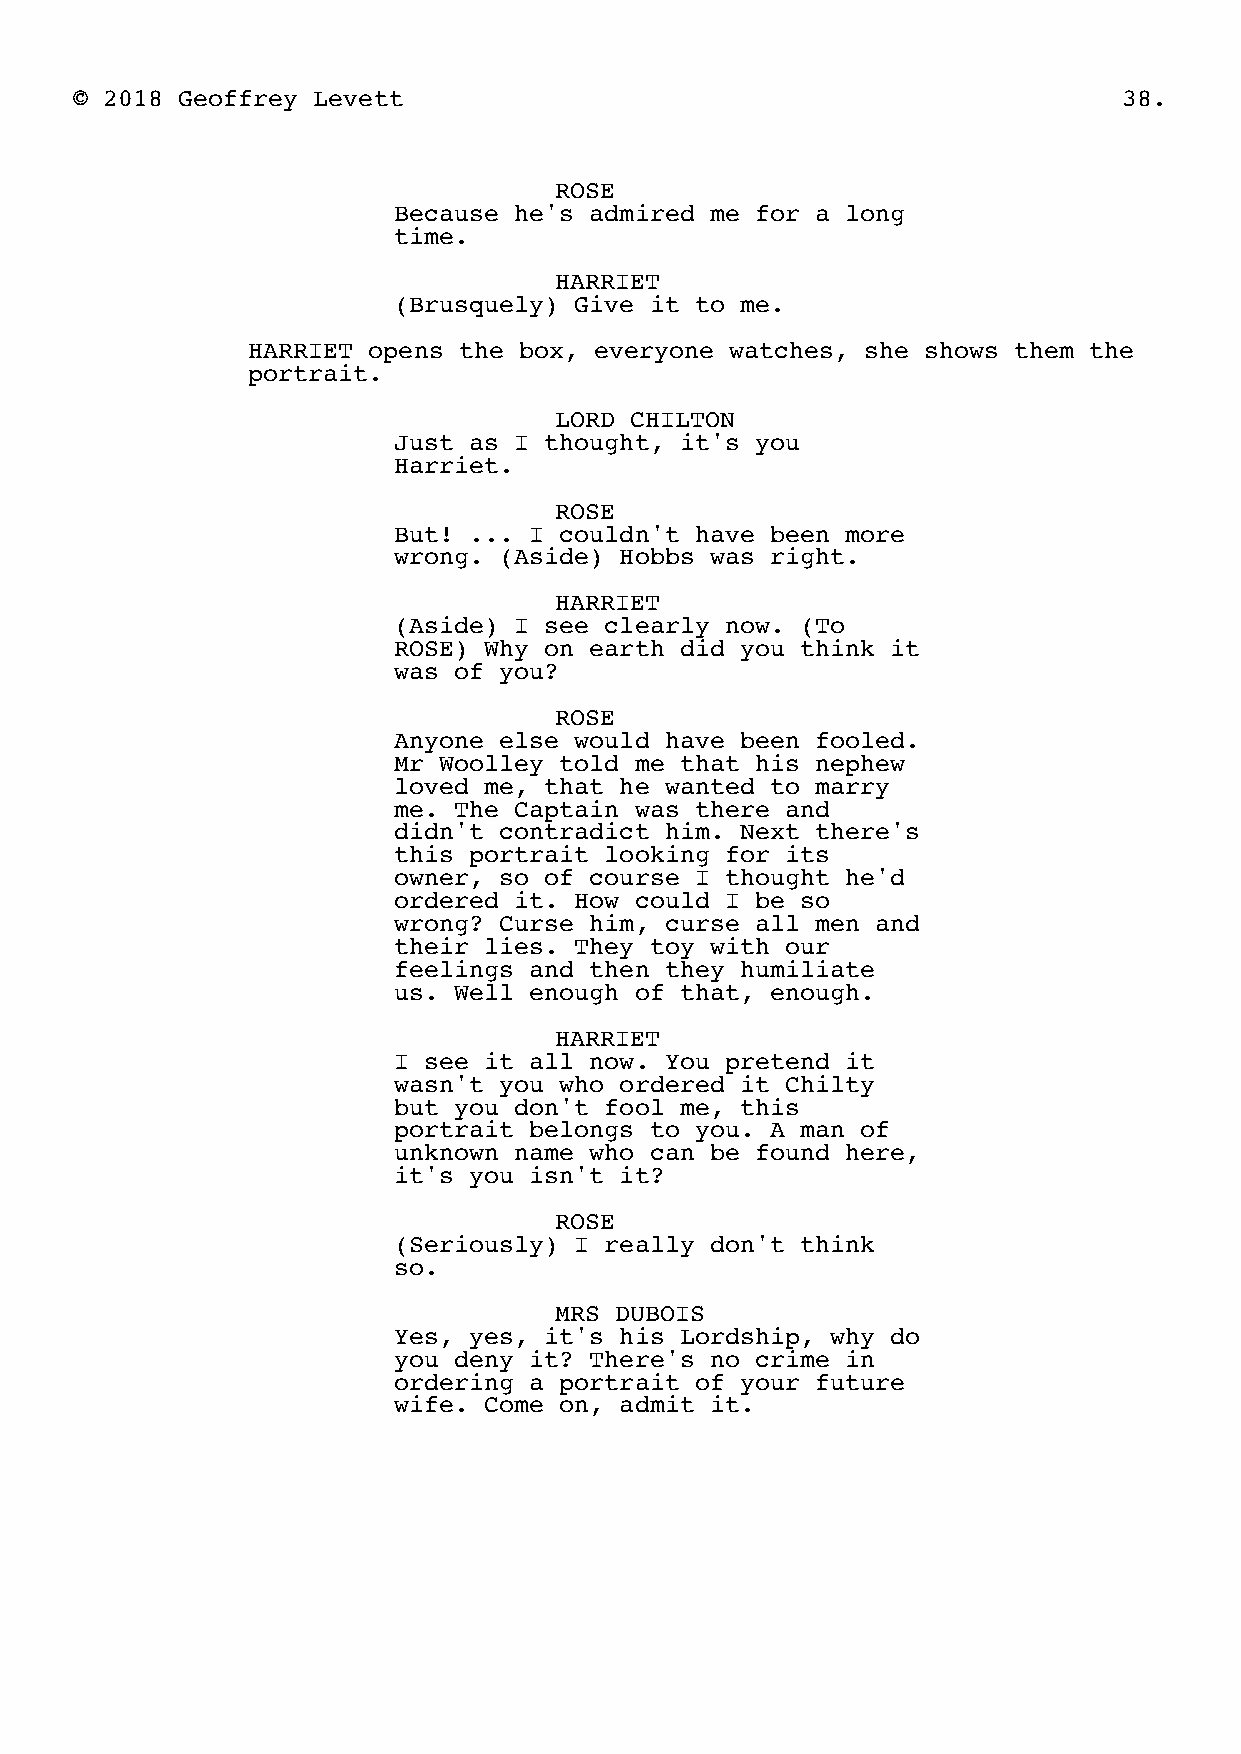
© 2018 Geoffrey Levett                                               38.
 ROSE
 Because he's admired me for a long
 time.
 HARRIET
 (Brusquely) Give it to me.
 HARRIET opens the box, everyone watches, she shows them the
 portrait.
 LORD CHILTON
 Just as I thought, it's you
 Harriet.
 ROSE
 But! ... I couldn't have been more
 wrong. (Aside) Hobbs was right.
 HARRIET
 (Aside) I see clearly now. (To
 ROSE) Why on earth did you think it
 was of you?
 ROSE
 Anyone else would have been fooled.
 Mr Woolley told me that his nephew
 loved me, that he wanted to marry
 me. The Captain was there and
 didn't contradict him. Next there's
 this portrait looking for its
 owner, so of course I thought he'd
 ordered it. How could I be so
 wrong? Curse him, curse all men and
 their lies. They toy with our
 feelings and then they humiliate
 us. Well enough of that, enough.
 HARRIET
 I see it all now. You pretend it
 wasn't you who ordered it Chilty
 but you don't fool me, this
 portrait belongs to you. A man of
 unknown name who can be found here,
 it's you isn't it?
 ROSE
 (Seriously) I really don't think
 so.
 MRS DUBOIS
 Yes, yes, it's his Lordship, why do
 you deny it? There's no crime in
 ordering a portrait of your future
 wife. Come on, admit it.